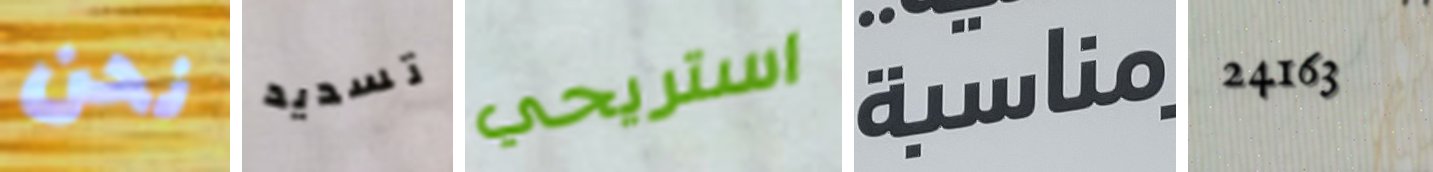
نحن تسديد استريحي مناسبة 24163